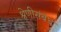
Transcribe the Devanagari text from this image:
श्रेणीसंबंध